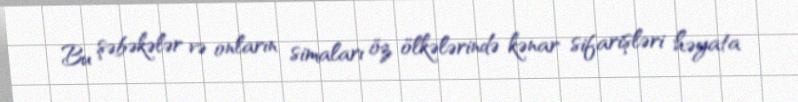
Bu şəbəkələr və onların simaları öz ölkələrində kənar sifarişləri həyata